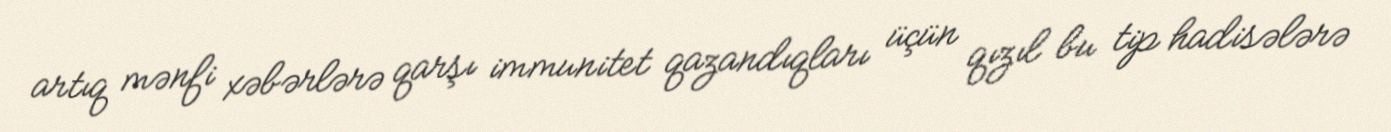
artıq mənfi xəbərlərə qarşı immunitet qazandıqları üçün qızıl bu tip hadisələrə